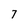
Character: 7